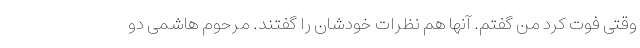
وقتی فوت کرد من گفتم. آنها هم نظرات خودشان را گفتند. مرحوم هاشمی دو